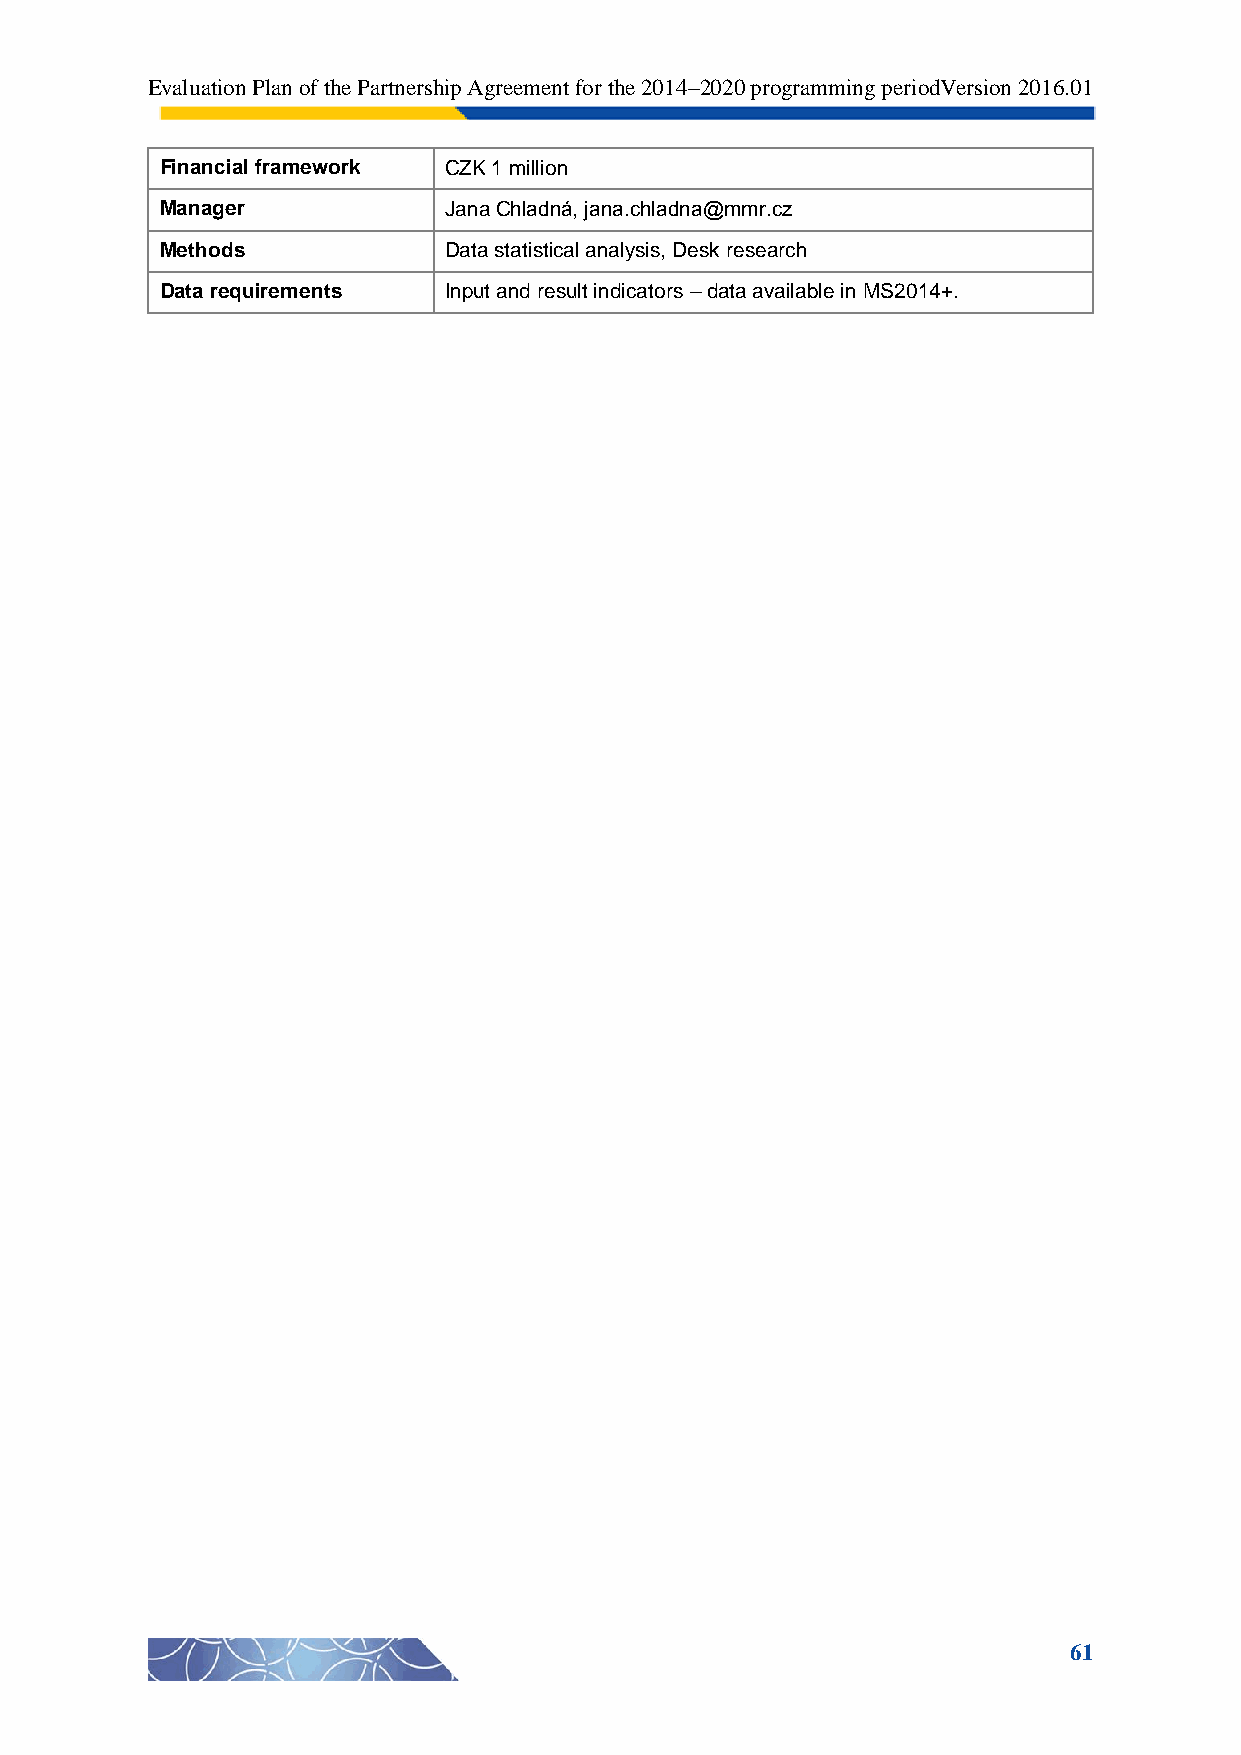
Evaluation Plan of the Partnership Agreement for the 2014–2020 programming periodVersion 2016.01
 Financial framework CZK 1 million
 Manager           Jana Chladná, jana.chladna@mmr.cz
 Methods           Data statistical analysis, Desk research
 Data requirements Input and result indicators – data available in MS2014+.
 61